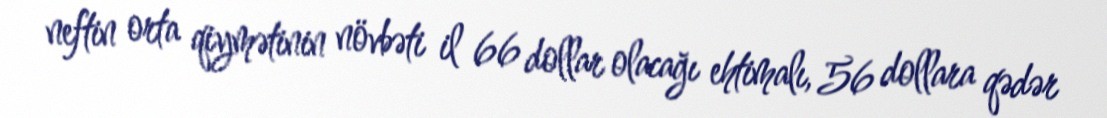
neftin orta qiymətinin növbəti il 66 dollar olacağı ehtimalı, 56 dollara qədər